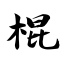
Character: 棍